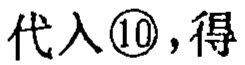
代入\textcircled{10}，得